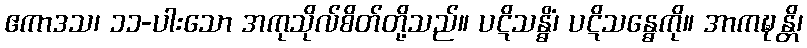
ဧကာဒသ၊ ၁၁-ပါးသော အကုသိုလ်စိတ်တို့သည်။ ပဋိသန္ဓိံ၊ ပဋိသန္ဓေကို။ အာကဍ္ဎန္တိ၊